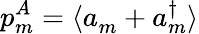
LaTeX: p_{m}^{A}=\langle a_{m}^{\phantom{\dagger}}+a_{m}^{\dagger}\rangle